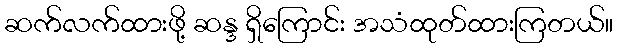
ဆက်လက်ထားဖို့ ဆန္ဒ ရှိကြောင်း အသံထုတ်ထားကြတယ်။